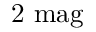
2 { \mathrm { ~ m a g } }